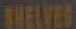
SHELVES